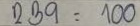
239 = 100